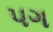
૫ગ